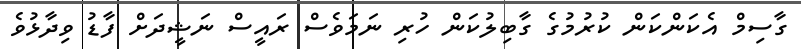
ގާސިމް އެކަންކަން ކުރުމުގެ ގާބިލުކަން ހުރި ނަމަވެސް ރައީސް ނަޝީދަށް ފާޑު ވިދާޅުވެ